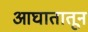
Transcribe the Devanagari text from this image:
आघातातून